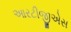
આરટીજીએસ